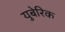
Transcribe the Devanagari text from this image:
युबेरिक